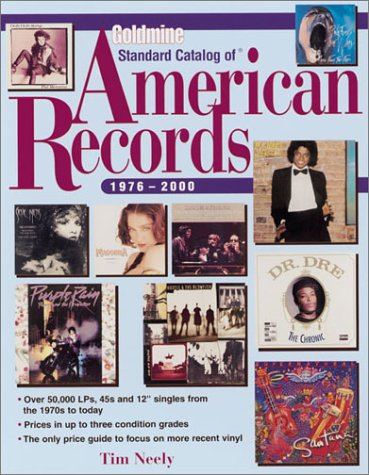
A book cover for Goldmine Standard Catalog of American Records 1976 to Present; Tim Neely; Crafts, Hobbies & Home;